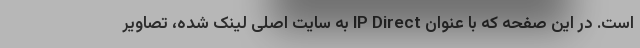
است. در این صفحه که با عنوان IP Direct به سایت اصلی لینک شده، تصاویر